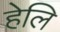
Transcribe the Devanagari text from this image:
हेलि